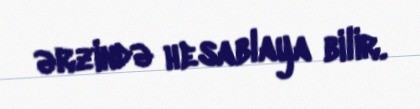
ərzində hesablaya bilir.